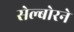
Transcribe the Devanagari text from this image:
सेल्बोरने